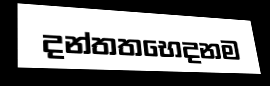
දන්තතභෙදනම